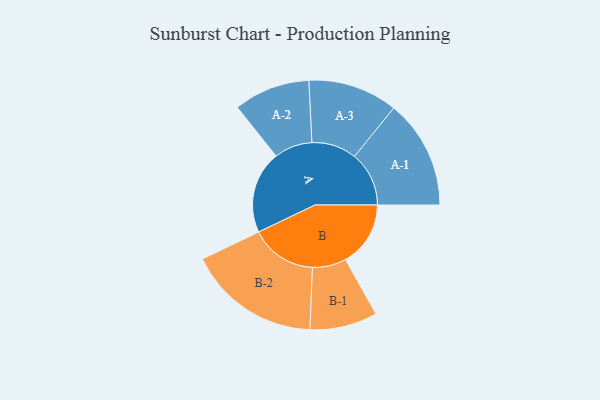
{"axis": {"x": "Segment", "y": "Value"}, "legend": ["", "A", "B"], "data": [{"x": "A", "y": 298, "type": ""}, {"x": "B", "y": 235, "type": ""}, {"x": "A-1", "y": 197, "type": "A"}, {"x": "A-2", "y": 138, "type": "A"}, {"x": "A-3", "y": 162, "type": "A"}, {"x": "B-1", "y": 122, "type": "B"}, {"x": "B-2", "y": 240, "type": "B"}]}